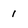
Character: 1